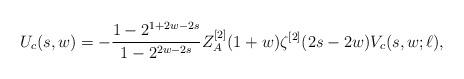
LaTeX: \begin{align*}U_c(s,w) = -\frac{1-2^{1+2w-2s}}{1-2^{2w-2s}} Z^{[2]}_A(1+w) \zeta^{[2]}(2s-2w) V_c(s,w;\ell),\end{align*}